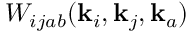
W _ { i j a b } ( \mathbf { k } _ { i } , \mathbf { k } _ { j } , \mathbf { k } _ { a } )